Vaccination in Bombay 1863-1868 - 1863-1868
Year: 1863
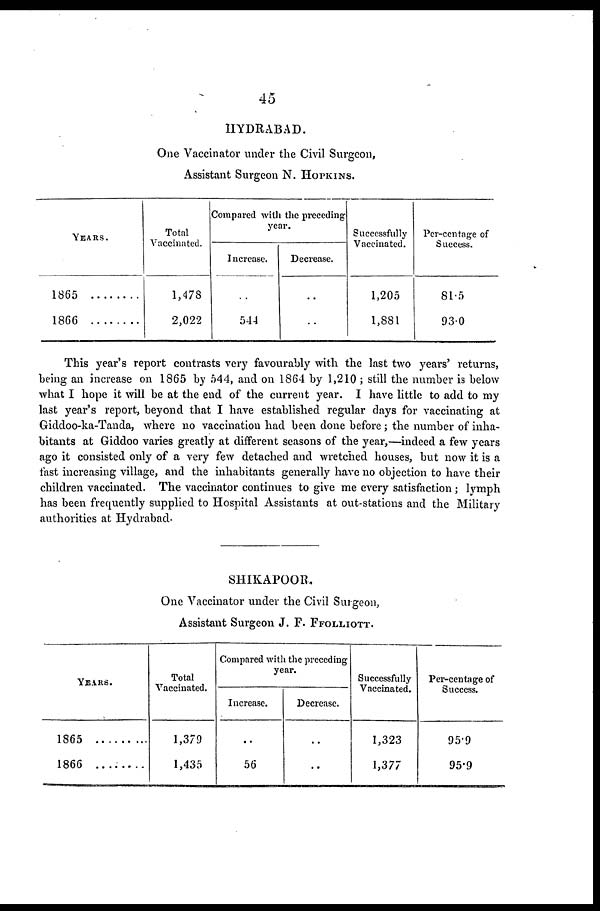
45
HYDRABAD.
One Vaccinator under the Civil Surgeon,
Assistant Surgeon N. HOPKINS.
YEARS.
1865
1866
Total
Vaccinated.
1,478
2,022
Compared with the preceding
year.
Increase.
..
544
Decrease.
..
..
Successfully
Vaccinated.
1,205
1,881
Per-centage of
Success.
81.5
93.0
This year's report contrasts very favourably with the last two years' returns,
being an increase on 1865 by 544, and on 1864 by 1,210 ; still the number is below
what I hope it will be at the end of the current year. I have little to add to my
last year's report, beyond that I have established regular days for vaccinating at
Giddoo-ka-Tanda, where no vaccination had been done before; the number of inha-
bitants at Giddoo varies greatly at different seasons of the year,—indeed a few years
ago it consisted only of a very few detached and wretched houses, but now it is a
fast increasing village, and the inhabitants generally have no objection to have their
children vaccinated. The vaccinator continues to give me every satisfaction; lymph
has been frequently supplied to Hospital Assistants at out-stations and the Military
authorities at Hydrabad.
SHIKAPOOR.
One Vaccinator under the Civil Surgeon,
Assistant Surgeon J. F. FFOLLIOTT.
YEARS.
1865
1866
Total
Vaccinated.
1,379
1,435
Compared with the preceding
year.
Increase.
..
56
Decrease.
..
..
Successfully
Vaccinated.
1,323
1,377
Per-centage of
Success.
95.9
95.9